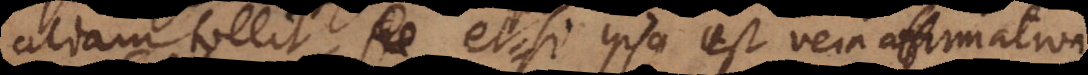
aliam tollit, et quod si ipsa est vera affirmativa